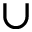
\cup